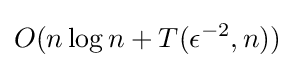
O(n\log n+T(\epsilon ^{-2},n))